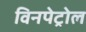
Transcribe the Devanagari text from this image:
विनपेट्रोल